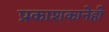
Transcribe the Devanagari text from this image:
प्रकाशकानेही